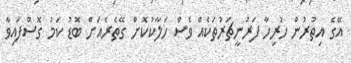
އޭގެ އިތުރުން ހުރިހާ ފަރުނީޗަރުތަކެއް ވެސް ހަލާކުކޮށް ގޭތެރެއަށް ބޮޑު ކަމު ގޮސްފައިވާ